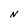
Character: N